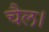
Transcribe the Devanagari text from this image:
चैल।